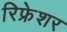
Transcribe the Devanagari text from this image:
रिफ्रेशर